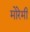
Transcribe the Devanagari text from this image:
मोरेमी